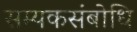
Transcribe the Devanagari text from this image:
सम्यकसंबोधि